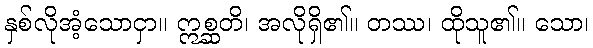
နှစ်လိုအံ့သောငှာ။ ဣစ္ဆတိ၊ အလိုရှိ၏။ တဿ၊ ထိုသူ၏။ သော၊